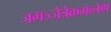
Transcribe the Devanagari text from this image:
जगज्जैत्रैकमन्त्रेण